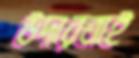
উদারতাই